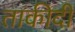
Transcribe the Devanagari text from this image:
ताकीदी